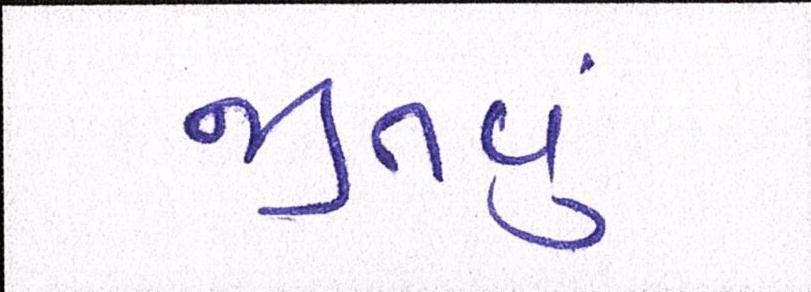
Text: જીતવું